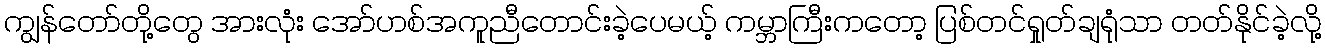
ကျွန်တော်တို့တွေ အားလုံး အော်ဟစ်အကူညီတောင်းခဲ့ပေမယ့် ကမ္ဘာကြီးကတော့ ပြစ်တင်ရှုတ်ချရုံသာ တတ်နိုင်ခဲ့လို့